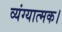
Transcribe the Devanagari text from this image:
व्यंग्यात्मक।